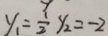
y _ { 1 } = \frac { 1 } { 2 } y _ { 2 } = - 2